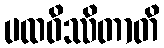
ပထဝိဿိတာတိ